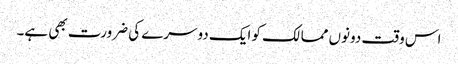
اس وقت دونوں ممالک کو ایک دوسرے کی ضرورت بھی ہے۔